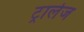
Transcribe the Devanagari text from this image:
ट्रालेज